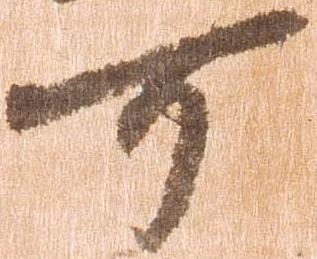
可